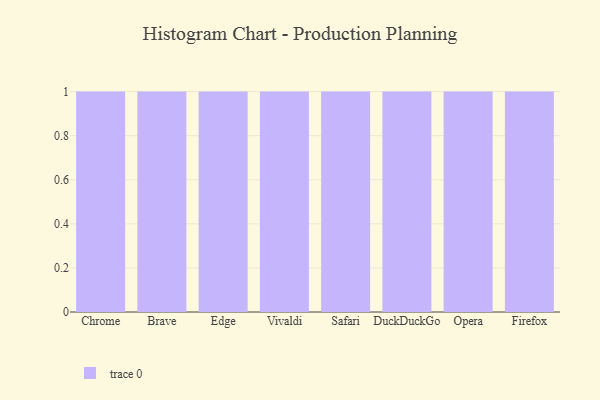
{"axis": {"x": "Browser", "y": "Active Users"}, "legend": [""], "data": [{"x": "Chrome", "y": 4, "type": ""}, {"x": "Brave", "y": 76, "type": ""}, {"x": "Edge", "y": 39, "type": ""}, {"x": "Vivaldi", "y": 99, "type": ""}, {"x": "Safari", "y": 1, "type": ""}, {"x": "DuckDuckGo", "y": 7, "type": ""}, {"x": "Opera", "y": 12, "type": ""}, {"x": "Firefox", "y": 60, "type": ""}]}